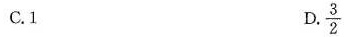
C.1 D. \frac{3}{2}